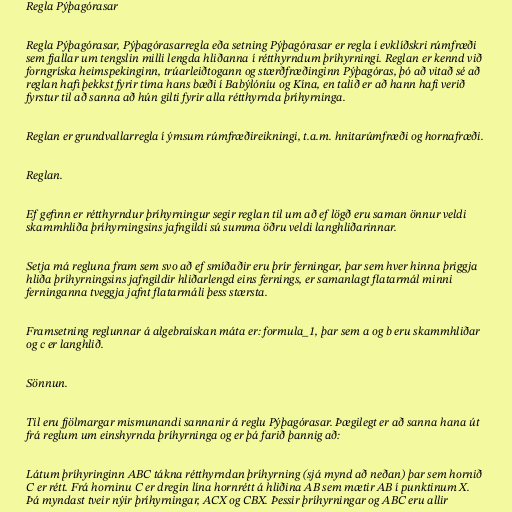
Regla Pýþagórasar

Regla Pýþagórasar, Pýþagórasarregla eða setning Pýþagórasar er regla í evklíðskri rúmfræði
sem fjallar um tengslin milli lengda hliðanna í rétthyrndum þríhyrningi. Reglan er kennd við
forngríska heimspekinginn, trúarleiðtogann og stærðfræðinginn Pýþagóras, þó að vitað sé að
reglan hafi þekkst fyrir tíma hans bæði í Babýlóníu og Kína, en talið er að hann hafi verið
fyrstur til að sanna að hún gilti fyrir alla rétthyrnda þríhyrninga.

Reglan er grundvallarregla í ýmsum rúmfræðireikningi, t.a.m. hnitarúmfræði og hornafræði.

Reglan.

Ef gefinn er rétthyrndur þríhyrningur segir reglan til um að ef lögð eru saman önnur veldi
skammhliða þríhyrningsins jafngildi sú summa öðru veldi langhliðarinnar.

Setja má regluna fram sem svo að ef smíðaðir eru þrír ferningar, þar sem hver hinna þriggja
hliða þríhyrningsins jafngildir hliðarlengd eins fernings, er samanlagt flatarmál minni
ferninganna tveggja jafnt flatarmáli þess stærsta.

Framsetning reglunnar á algebraískan máta er: formula_1, þar sem a og b eru skammhliðar
og c er langhlið.

Sönnun.

Til eru fjölmargar mismunandi sannanir á reglu Pýþagórasar. Þægilegt er að sanna hana út
frá reglum um einshyrnda þríhyrninga og er þá farið þannig að:

Látum þríhyringinn ABC tákna rétthyrndan þríhyrning (sjá mynd að neðan) þar sem hornið
C er rétt. Frá horninu C er dregin lína hornrétt á hliðina AB sem mætir AB í punktinum X.
Þá myndast tveir nýir þríhyrningar, ACX og CBX. Þessir þríhyrningar og ABC eru allir